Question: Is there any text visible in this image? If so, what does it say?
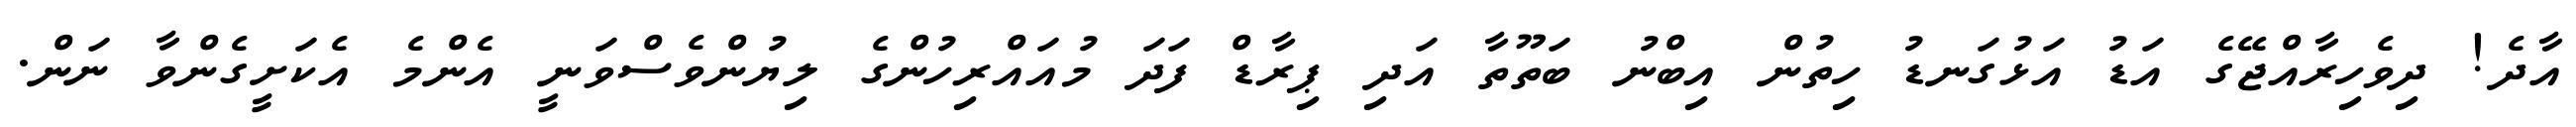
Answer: އާދެ! ދިވެހިރާއްޖޭގެ އަޑު އަޅުގަނޑު ހިތުން އިބްނު ބަތޫތާ އަދި ޕިރާޑް ފަދަ މުއައްރިހުންގެ ލިޔުންވެސްވަނީ އެންމެ އެކަށީގެންވާ ނަން.